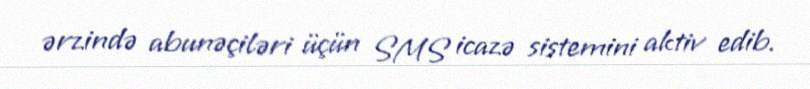
ərzində abunəçiləri üçün SMS icazə sistemini aktiv edib.